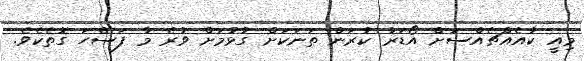
މިއީ ކާއެއްޗެއްސަށް އޯޑަރު ކުރަން ތަނަކަށް ގުޅުމަށް ވުރެ މާ ފަސޭހަ ގޮތެކެވެ.